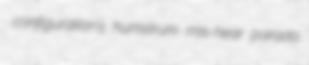
configuration's humstrum mis-hear parada